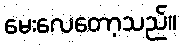
မေးလေတော့သည်။